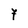
Character: 7